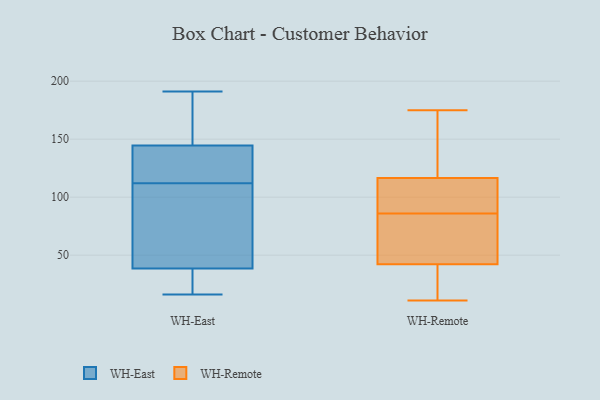
{"axis": {"x": "Website Visitors", "y": "Value"}, "legend": ["WH-East", "WH-Remote"], "data": [{"x": "", "y": 140, "type": "WH-East"}, {"x": "", "y": 16, "type": "WH-East"}, {"x": "", "y": 26, "type": "WH-East"}, {"x": "", "y": 122, "type": "WH-East"}, {"x": "", "y": 191, "type": "WH-East"}, {"x": "", "y": 163, "type": "WH-East"}, {"x": "", "y": 43, "type": "WH-East"}, {"x": "", "y": 148, "type": "WH-East"}, {"x": "", "y": 141, "type": "WH-East"}, {"x": "", "y": 108, "type": "WH-East"}, {"x": "", "y": 61, "type": "WH-East"}, {"x": "", "y": 156, "type": "WH-East"}, {"x": "", "y": 34, "type": "WH-East"}, {"x": "", "y": 96, "type": "WH-East"}, {"x": "", "y": 34, "type": "WH-East"}, {"x": "", "y": 116, "type": "WH-East"}, {"x": "", "y": 106, "type": "WH-Remote"}, {"x": "", "y": 175, "type": "WH-Remote"}, {"x": "", "y": 11, "type": "WH-Remote"}, {"x": "", "y": 121, "type": "WH-Remote"}, {"x": "", "y": 55, "type": "WH-Remote"}, {"x": "", "y": 86, "type": "WH-Remote"}, {"x": "", "y": 31, "type": "WH-Remote"}, {"x": "", "y": 44, "type": "WH-Remote"}, {"x": "", "y": 37, "type": "WH-Remote"}, {"x": "", "y": 115, "type": "WH-Remote"}, {"x": "", "y": 160, "type": "WH-Remote"}, {"x": "", "y": 58, "type": "WH-Remote"}, {"x": "", "y": 101, "type": "WH-Remote"}]}